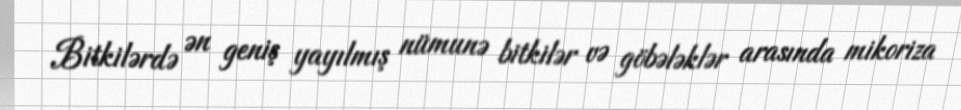
Bitkilərdə ən geniş yayılmış nümunə bitkilər və göbələklər arasında mikoriza